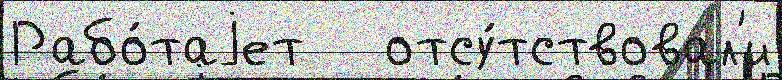
Рабо́таjет   отсу́тствовал'и